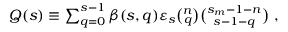
\begin{array} { r } { Q ( s ) \equiv \sum _ { q = 0 } ^ { s - 1 } \beta ( s , q ) \varepsilon _ { s } { \binom { n } { q } } { \binom { s _ { m } - 1 - n } { s - 1 - q } } ~ , } \end{array}